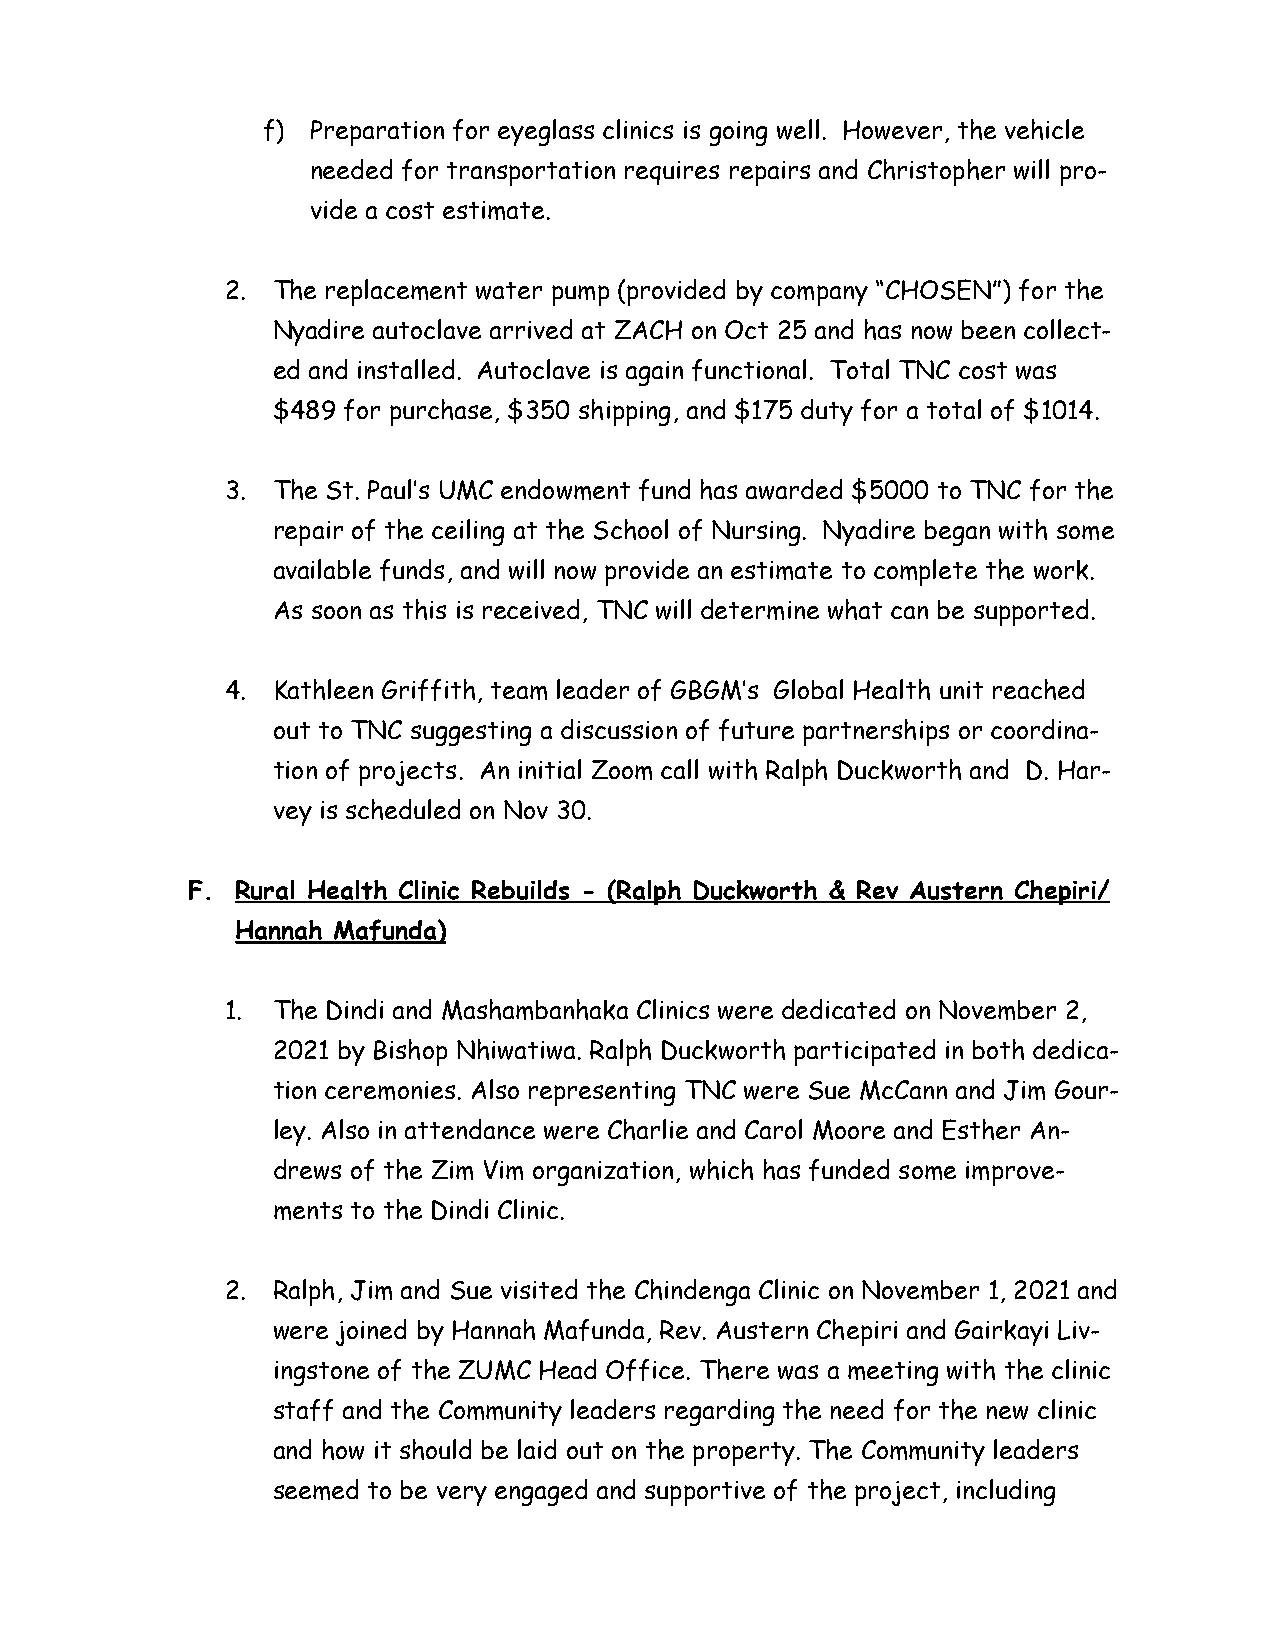
f)  Preparation for eyeglass clinics is going well. However, the vehicle
 needed for transportation requires repairs and Christopher will pro-
 vide a cost estimate.
 2. The replacement water pump (provided by company “CHOSEN”) for the
 Nyadire autoclave arrived at ZACH on Oct 25 and has now been collect-
 ed and installed. Autoclave is again functional. Total TNC cost was
 $489 for purchase, $350 shipping, and $175 duty for a total of $1014.
 3. The St. Paul’s UMC endowment fund has awarded $5000 to TNC for the
 repair of the ceiling at the School of Nursing. Nyadire began with some
 available funds, and will now provide an estimate to complete the work.
 As soon as this is received, TNC will determine what can be supported.
 4. Kathleen Griffith, team leader of GBGM’s Global Health unit reached
 out to TNC suggesting a discussion of future partnerships or coordina-
 tion of projects. An initial Zoom call with Ralph Duckworth and D. Har-
 vey is scheduled on Nov 30.
 F.  Rural Health Clinic Rebuilds - (Ralph Duckworth & Rev Austern Chepiri/
 Hannah Mafunda)
 1. The Dindi and Mashambanhaka Clinics were dedicated on November 2,
 2021 by Bishop Nhiwatiwa. Ralph Duckworth participated in both dedica-
 tion ceremonies. Also representing TNC were Sue McCann and Jim Gour-
 ley. Also in attendance were Charlie and Carol Moore and Esther An-
 drews of the Zim Vim organization, which has funded some improve-
 ments to the Dindi Clinic.
 2. Ralph, Jim and Sue visited the Chindenga Clinic on November 1, 2021 and
 were joined by Hannah Mafunda, Rev. Austern Chepiri and Gairkayi Liv-
 ingstone of the ZUMC Head Office. There was a meeting with the clinic
 staff and the Community leaders regarding the need for the new clinic
 and how it should be laid out on the property. The Community leaders
 seemed to be very engaged and supportive of the project, including